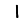
Digit: 1